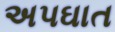
અપઘાત